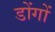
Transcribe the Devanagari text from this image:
डोंगों